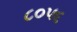
૮૦૫૬